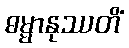
ဓမ္မာနုဿတိံ